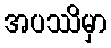
အပဿိမှာ